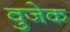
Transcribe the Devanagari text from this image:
वुजेक